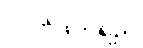
လက်ဖက်ရည်